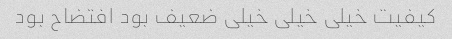
کیفیت خیلی خیلی خیلی ضعیف بود افتضاح بود